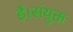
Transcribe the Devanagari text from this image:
हैं।संयुक्त